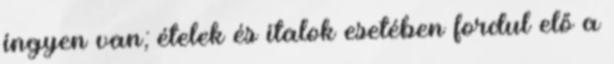
ingyen van; ételek és italok esetében fordul elő a